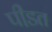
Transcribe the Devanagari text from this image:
पी़डत